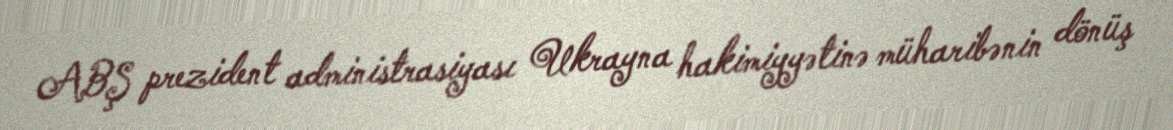
ABŞ prezident administrasiyası Ukrayna hakimiyyətinə müharibənin dönüş